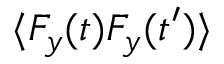
\langle F _ { y } ( t ) F _ { y } ( t ^ { \prime } ) \rangle